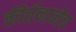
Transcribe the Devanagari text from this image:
कीर्तनानेच